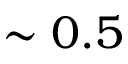
\sim 0 . 5